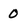
Character: 0